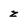
Character: z